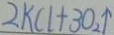
2 k C l + 3 0 _ { 2 } \uparrow